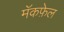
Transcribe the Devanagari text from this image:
मॅकफ़ेल